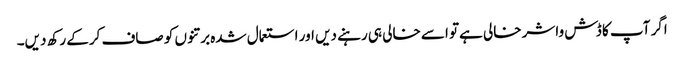
اگر آپ کا ڈش واشر خالی ہےتو اسے خالی ہی رہنے دیں اور استعمال شدہ برتنوں کو صاف کرکے رکھ دیں۔